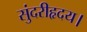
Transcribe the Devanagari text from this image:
सुंदरीहृदय।